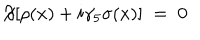
\not \! \partial [ \rho ( x ) + i \gamma _ { 5 } \sigma ( x ) ] \; = \; 0 \,